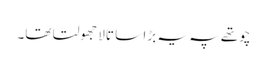
چوتھے پہ یہ بڑا سا تالا جھولتا تھا۔